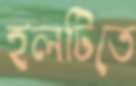
হলটিতে